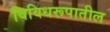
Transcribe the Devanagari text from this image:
विविधरूपातील